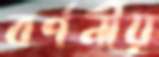
বর্ণনীয়